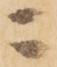
ニ